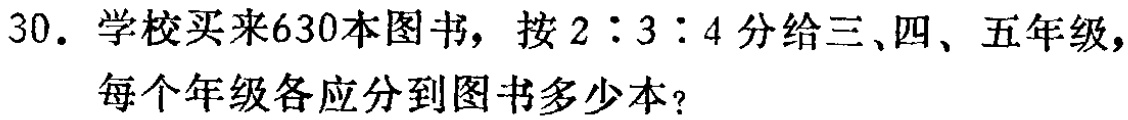
30. 学校买来630本图书，按$2:3:4$分给三、四、五年级，每个年级各应分到图书多少本？